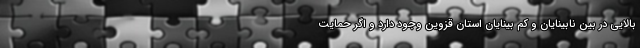
بالایی در بین نابینایان و کم بینایان استان قزوین وجود دارد و اگر حمایت